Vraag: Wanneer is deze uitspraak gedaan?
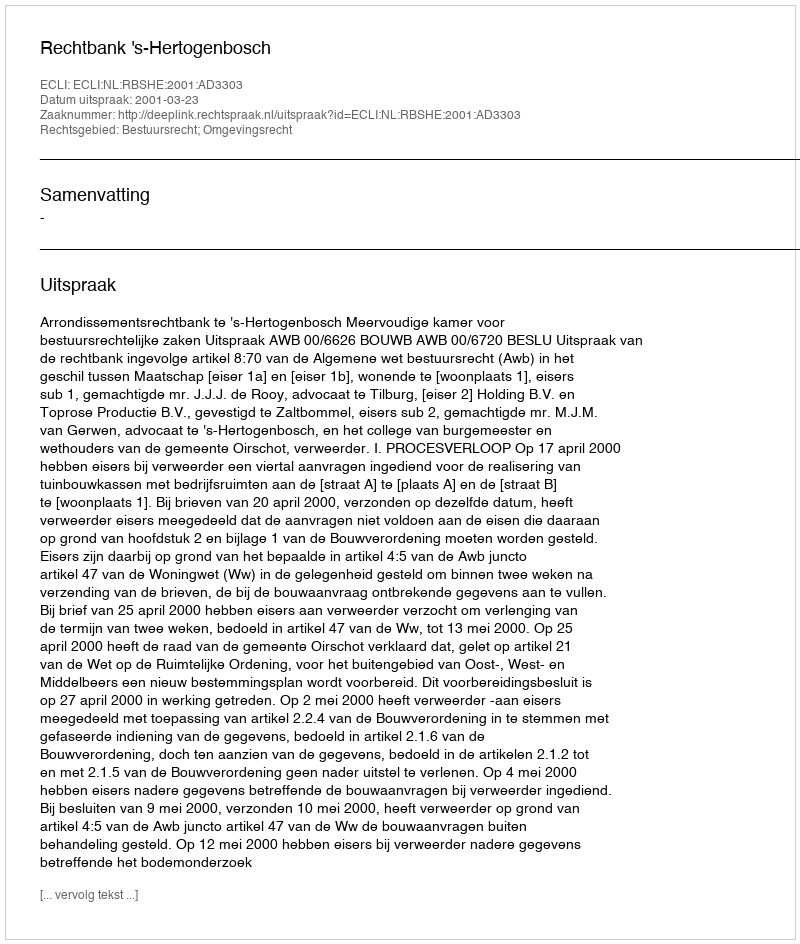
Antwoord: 2001-03-23